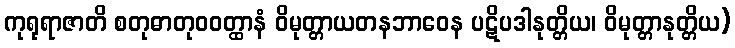
ကုရုရာဇာတိ စတုဓာတုဝဝတ္ထာနံ ဝိမုတ္တာယတနဘာဝေန ပဋိပဒါနုတ္တိယ၊ ဝိမုတ္တာနုတ္တိယ)